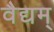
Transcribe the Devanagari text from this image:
वैद्यम्